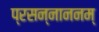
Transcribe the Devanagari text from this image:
प्रसन्नाननम्